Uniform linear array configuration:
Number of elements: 24
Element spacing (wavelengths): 1
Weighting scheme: hann
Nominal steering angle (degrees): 30
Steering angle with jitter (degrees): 28.233
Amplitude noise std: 0.05
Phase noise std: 0.05

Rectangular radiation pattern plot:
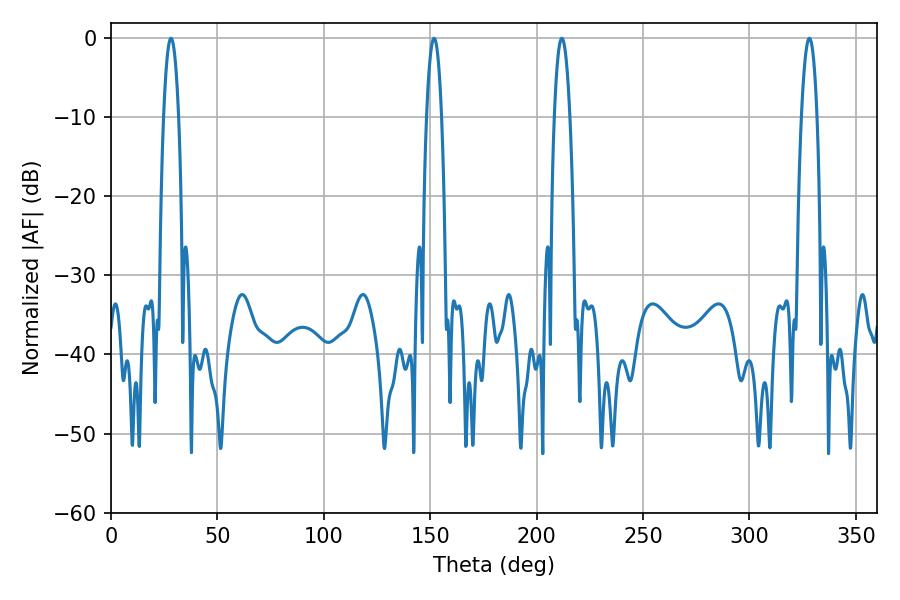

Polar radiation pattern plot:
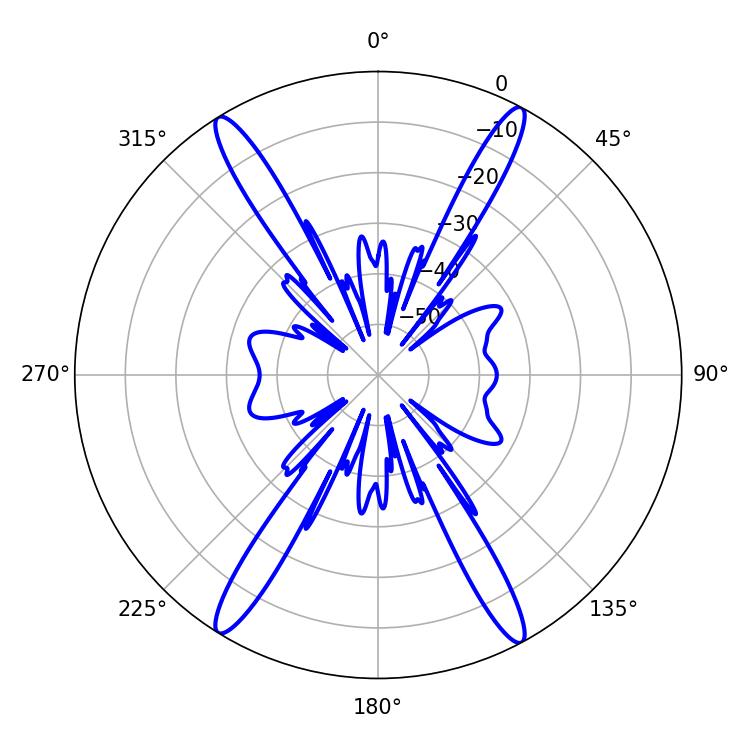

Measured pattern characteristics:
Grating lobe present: TRUE
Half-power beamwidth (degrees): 3.96
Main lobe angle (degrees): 211.86